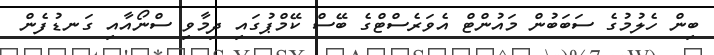
ބިން ހެލުމުގެ ސަބަބުން މައުންޓް އެވަރެސްޓްގެ ބޭސް ކޭމްޕުގައި ދިމާވި ސްނޯއާއި ގަނޑުފެން